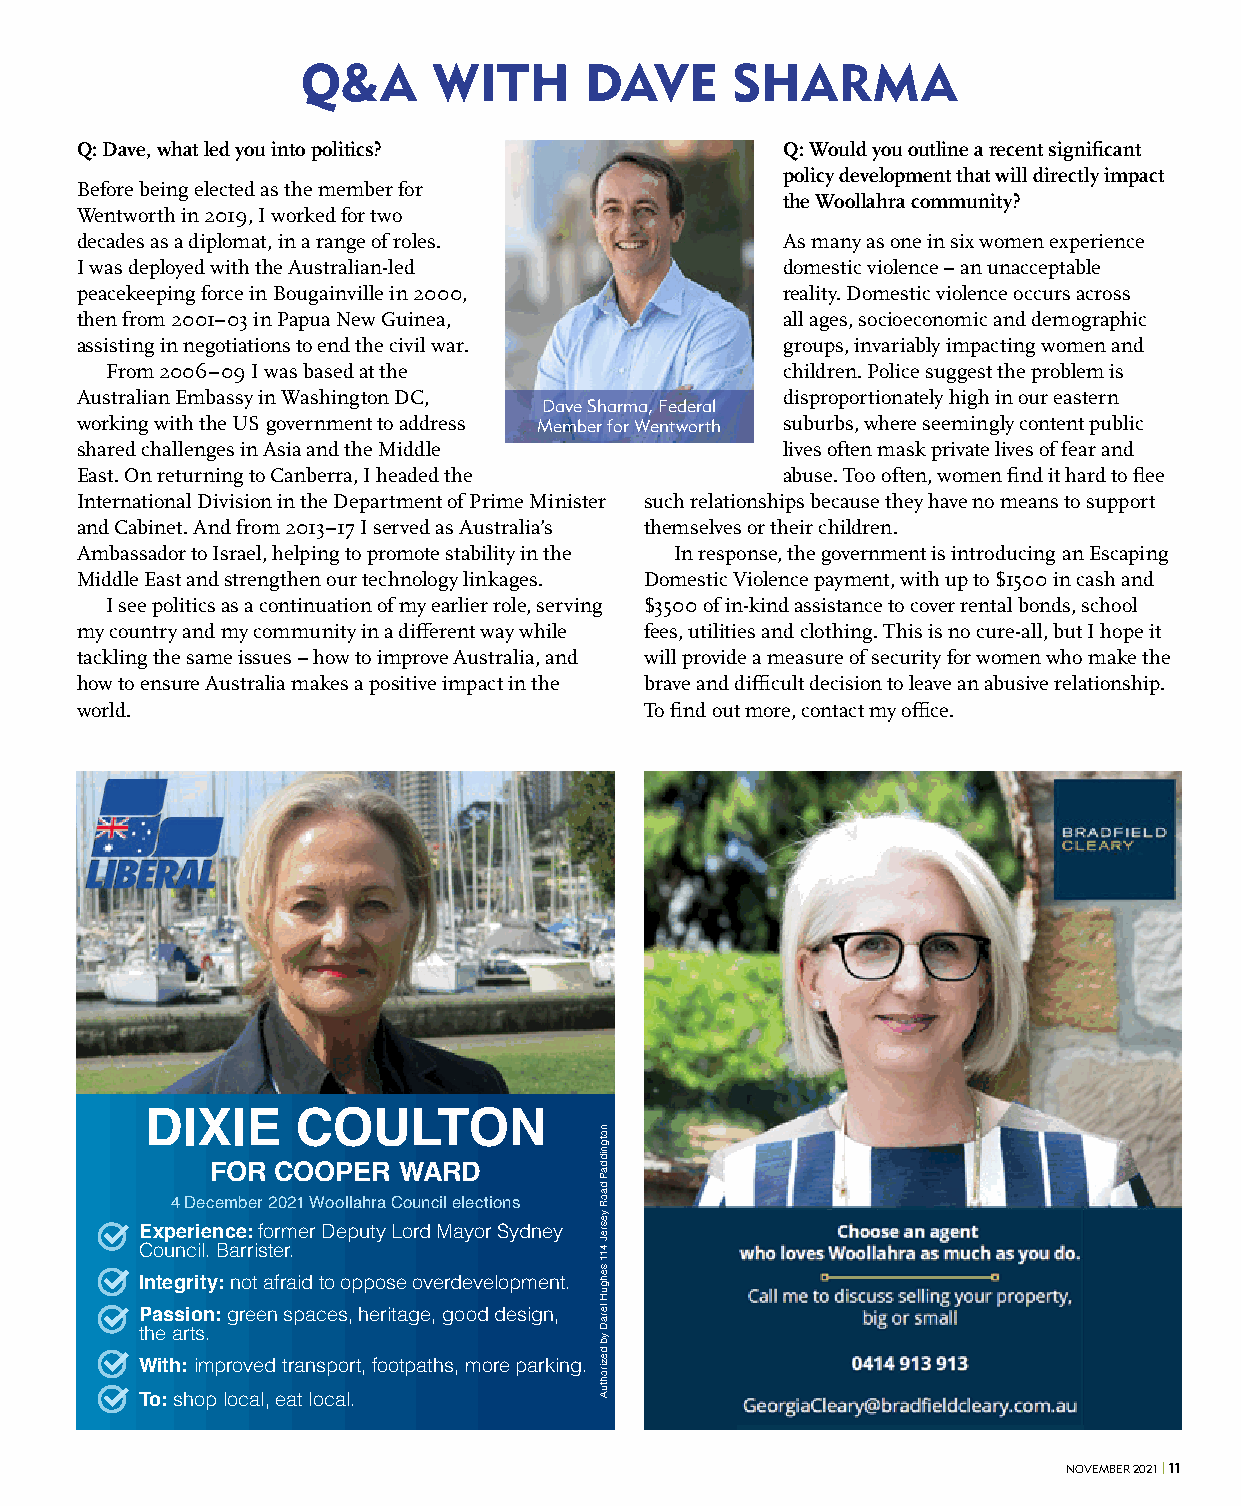
Q&A      WITH      DAVE     SHARMA
 Q: Dave, what led you into politics?           Q: Would you outline a recent significant
 policy development that will directly impact
 Before being elected as the member for
 the Woollahra community?
 Wentworth in 2019, I worked for two
 decades as a diplomat, in a range of roles.    As many as one in six women experience
 I was deployed with the Australian-led         domestic violence – an unacceptable
 peacekeeping force in Bougainville in 2000,    reality. Domestic violence occurs across
 then from 2001–03 in Papua New Guinea,         all ages, socioeconomic and demographic
 assisting in negotiations to end the civil war. groups, invariably impacting women and
 From 2006–09 I was based at the              children. Police suggest the problem is
 Australian Embassy in Washington DC,           disproportionately high in our eastern
 Dave Sharma, Federal
 working with the US government to address Member for Wentworth suburbs, where seemingly content public
 shared challenges in Asia and the Middle       lives often mask private lives of fear and
 East. On returning to Canberra, I headed the   abuse. Too often, women find it hard to flee
 International Division in the Department of Prime Minister such relationships because they have no means to support
 and Cabinet. And from 2013–17 I served as Australia’s themselves or their children.
 Ambassador to Israel, helping to promote stability in the In response, the government is introducing an Escaping
 Middle East and strengthen our technology linkages. Domestic Violence payment, with up to $1500 in cash and
 I see politics as a continuation of my earlier role, serving $3500 of in-kind assistance to cover rental bonds, school
 my country and my community in a different way while fees, utilities and clothing. This is no cure-all, but I hope it
 tackling the same issues – how to improve Australia, and will provide a measure of security for women who make the
 how to ensure Australia makes a positive impact in the brave and difficult decision to leave an abusive relationship.
 world.                                To find out more, contact my office.
 DIXIE     COULTON
 FOR COOPER  WARD
 4 December 2021 Woollahra Council elections
 Experience: former Deputy Lord Mayor Sydney
 Council. Barrister.
 Integrity: not afraid to oppose overdevelopment.
 Passion: green spaces, heritage, good design,
 the arts.
 With: improved transport, footpaths, more parking.
 To: shop local, eat local.
 NOVEMBER 2021 | 11
 notgniddaP
 daoR
 yesreJ
 411
 sehguH
 leraD
 yb
 dezirohtuA